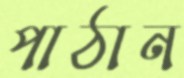
পাঠান